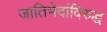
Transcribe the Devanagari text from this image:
जातिभेदांविरुद्ध